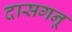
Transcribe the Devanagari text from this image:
दासगनू